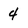
Character: 4